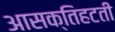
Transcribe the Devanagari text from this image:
आसक्तिहटती